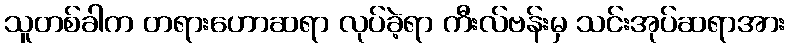
သူတစ်ခါက တရားဟောဆရာ လုပ်ခဲ့ရာ ကီးလ်ဗန်းမှ သင်းအုပ်ဆရာအား